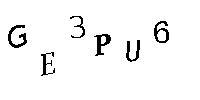
GE3PU6